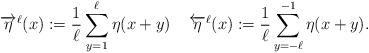
LaTeX: \begin{align*} \overrightarrow{\eta}^{\ell}(x):=\frac{1}{\ell} \sum_{y=1}^{\ell} \eta(x+y) \; \; \; \; \overleftarrow{\eta}^{\ell}(x):=\frac{1}{\ell} \sum_{y=-\ell}^{-1} \eta(x+y).\end{align*}